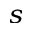
^ { s }